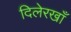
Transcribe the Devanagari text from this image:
दिलेरखाँ